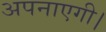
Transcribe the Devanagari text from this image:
अपनाएगी।